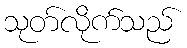
သုတ်လိုက်သည်